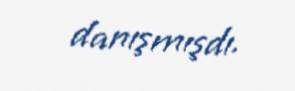
danışmışdı.